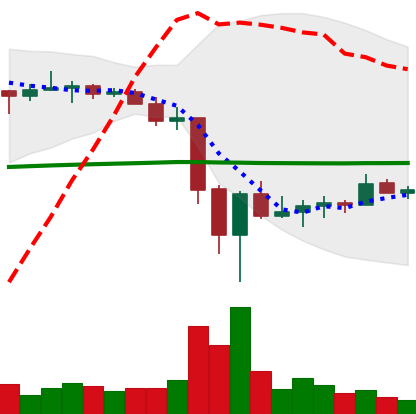
Ticker: TRX-USD
Chart end date: 2022-06-23
Forward return: 3.594%
Label: up_3_5